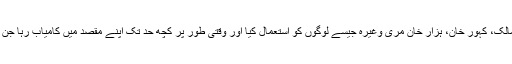
اپنے مقاصد کو حاصل کرنے کیلئے ریاست نے رازق بگٹی، ڈاکٹر مالک، کہور خان، ہزار خان مری وغیرہ جیسے لوگوں کو استعمال کیا اور وقتی طور پر کچھ حد تک اپنے مقصد میں کامیاب رہا جن کی باقیات شاید موجودہ تحریک میں بھی شامل دکھائی دے رہے ہیں۔